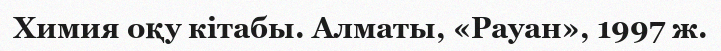
Химия оқу кітабы. Алматы, «Рауан», 1997 ж.